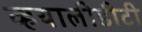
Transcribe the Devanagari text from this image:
व्हयालीडीटी